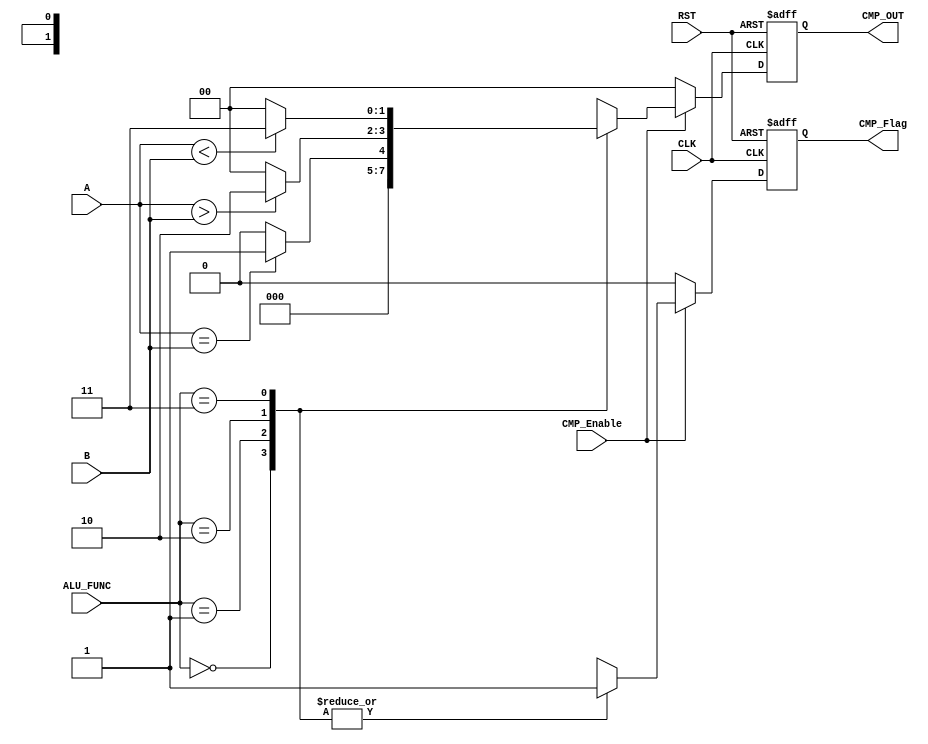
module CMP_UNIT 

#( parameter IN_DATA_WIDTH  = 16,
             OUT_DATA_WIDTH = 2
)

(
input  wire [IN_DATA_WIDTH-1:0]   A   ,
input  wire [IN_DATA_WIDTH-1:0]   B   ,
input  wire [1:0]                 ALU_FUNC ,
input  wire                       CLK ,
input  wire                       RST ,
input  wire                       CMP_Enable ,
output reg  [OUT_DATA_WIDTH-1:0]  CMP_OUT ,
output reg                        CMP_Flag
);

//internal signals
reg [OUT_DATA_WIDTH-1:0]  CMP_OUT_comb  ;
reg                       CMP_Flag_comb ;

//sequential always
always @ (posedge CLK or negedge RST)
 begin 
   if (~RST)
     begin
      CMP_OUT  <= 'b0 ;
      CMP_Flag <= 1'b0 ;	
	 end
   else
     begin   
      CMP_OUT  <= CMP_OUT_comb ;
      CMP_Flag <= CMP_Flag_comb ;
	 end
 end	
 
 
//combinational always	
always @ (*)
 begin 
    CMP_OUT_comb = 'b0 ;
    CMP_Flag_comb = 1'b0 ;
	if(CMP_Enable)
      case (ALU_FUNC)
      2'b00 : begin
              CMP_OUT_comb = 'b0  ;
              CMP_Flag_comb = 1'b1 ;              
		      end
      2'b01 : begin
              CMP_Flag_comb = 1'b1 ;  
              if (A==B)
                CMP_OUT_comb = 'b1;
              else
                CMP_OUT_comb = 'b0;			  
		      end
      2'b10 : begin
              CMP_Flag_comb = 1'b1 ;  
              if (A>B)
                CMP_OUT_comb = 'b10;
              else
                CMP_OUT_comb = 'b0;			  
		      end
      2'b11 : begin
              CMP_Flag_comb = 1'b1 ; 
              if (A<B)
                CMP_OUT_comb = 'b11;
              else
                CMP_OUT_comb = 'b0;			  
		      end
      endcase
	else
	 begin
      CMP_OUT_comb = 'b0 ;
      CMP_Flag_comb = 1'b0 ;
     end
 end
 
 endmodule